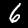
Label: 6